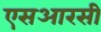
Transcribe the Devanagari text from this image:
एसआरसी